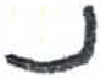
אות: נ